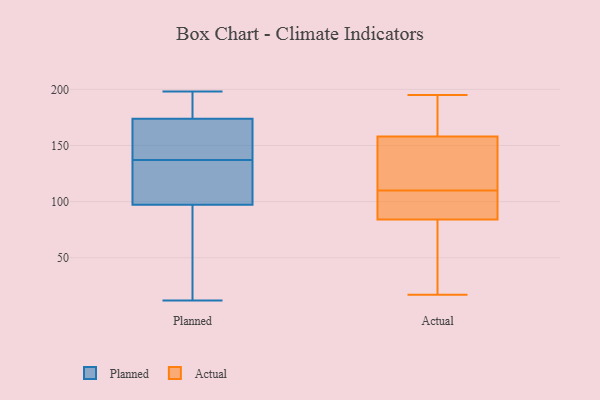
{"axis": {"x": "Inventory Turnover", "y": "Value"}, "legend": ["Actual", "Planned"], "data": [{"x": "", "y": 154, "type": "Planned"}, {"x": "", "y": 123, "type": "Planned"}, {"x": "", "y": 174, "type": "Planned"}, {"x": "", "y": 72, "type": "Planned"}, {"x": "", "y": 107, "type": "Planned"}, {"x": "", "y": 173, "type": "Planned"}, {"x": "", "y": 94, "type": "Planned"}, {"x": "", "y": 137, "type": "Planned"}, {"x": "", "y": 12, "type": "Planned"}, {"x": "", "y": 181, "type": "Planned"}, {"x": "", "y": 198, "type": "Planned"}, {"x": "", "y": 84, "type": "Actual"}, {"x": "", "y": 59, "type": "Actual"}, {"x": "", "y": 17, "type": "Actual"}, {"x": "", "y": 93, "type": "Actual"}, {"x": "", "y": 195, "type": "Actual"}, {"x": "", "y": 143, "type": "Actual"}, {"x": "", "y": 169, "type": "Actual"}, {"x": "", "y": 112, "type": "Actual"}, {"x": "", "y": 158, "type": "Actual"}, {"x": "", "y": 108, "type": "Actual"}]}